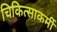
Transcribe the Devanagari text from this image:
चिकित्साकर्मी